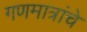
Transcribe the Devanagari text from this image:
गणमात्रांचे